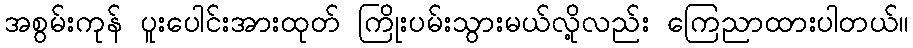
အစွမ်းကုန် ပူးပေါင်းအားထုတ် ကြိုးပမ်းသွားမယ်လို့လည်း ကြေညာထားပါတယ်။